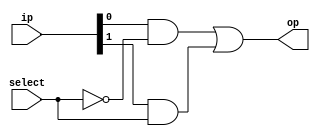

//2:1 mux
module mux2to1(op, ip, select);
  
  input wire [1:0] ip;
  input wire select;
  output wire op;
  
  wire [1:0] res; //Intermediate results
  
  wire inv; //Inverted select pins
  not G1(inv, select);
  
  //Computing intermediate results
  and G2(res[0], ip[0], inv);
  and G3(res[1], ip[1], select);
  
  //Final result
  or G4(op, res[0], res[1]);
  
endmodule


//4:1 mux using 2:1 mux
module mux4to1(op, ip, select);
  
  input wire [3:0] ip;
  input wire [1:0] select;
  output wire op;
  
  wire [1:0] res; //Intermediate result
  
  //Calculates intermediate results from 2 muxes
  mux2to1 M1(res[0], ip[1:0], select[0]);
  mux2to1 M2(res[1], ip[3:2], select[0]);
  
  //Calculates final results
  mux2to1 M3(op, res[1:0], select[1]);
  
endmodule


//Full adder module
module fullAdder(a, b, Cin, sum, Cout); 
  
    input wire a, b, Cin;
    output wire sum, Cout;
    
    xor G1(axorb, a, b);
    
    //Calculating sum
    xor G2(sum, Cin, axorb);
    
    //Calculating Cout
    wire w1, w2;
    and G3(w1, Cin, axorb);
    and G4(w2, a, b);
    or G5(Cout, w1, w2);    
  
endmodule